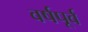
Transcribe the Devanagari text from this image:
वर्षपूर्व